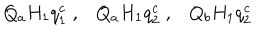
Q _ { a } H _ { 1 } q _ { 1 } ^ { c } \; , Q _ { a } H _ { 1 } q _ { 2 } ^ { c } \; , Q _ { b } H _ { 1 } q _ { 2 } ^ { c }